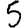
Digit: 5